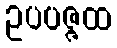
ဥပပဇ္ဇထ